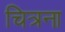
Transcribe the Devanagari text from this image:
चित्रना